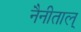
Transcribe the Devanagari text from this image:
नैनीताल्